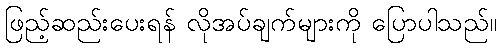
ဖြည့်ဆည်းပေးရန် လိုအပ်ချက်များကို ပြောပါသည်။